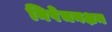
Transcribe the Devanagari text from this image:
निषेचनक्षम